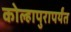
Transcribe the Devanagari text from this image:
कोल्हापुरापर्यंत